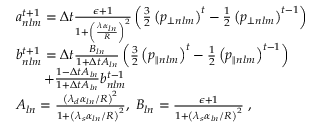
\begin{array} { r l } & { a _ { n l m } ^ { t + 1 } = \Delta t \frac { \epsilon + 1 } { 1 + \left( \frac { \lambda \alpha _ { l n } } { R } \right) ^ { 2 } } \left( \frac { 3 } { 2 } \left( p _ { \perp n l m } \right) ^ { t } - \frac { 1 } { 2 } \left( p _ { \perp n l m } \right) ^ { t - 1 } \right) } \\ & { b _ { n l m } ^ { t + 1 } = \Delta t \frac { B _ { l n } } { 1 + \Delta t A _ { l n } } \left( \frac { 3 } { 2 } \left( p _ { \parallel n l m } \right) ^ { t } - \frac { 1 } { 2 } \left( p _ { \parallel n l m } \right) ^ { t - 1 } \right) } \\ & { \quad \quad + \frac { 1 - \Delta t A _ { l n } } { 1 + \Delta t A _ { l n } } b _ { n l m } ^ { t - 1 } } \\ & { A _ { l n } = \frac { \left( \lambda _ { d } \alpha _ { l n } / R \right) ^ { 2 } } { 1 + \left( \lambda _ { s } \alpha _ { l n } / R \right) ^ { 2 } } , \; B _ { l n } = \frac { \epsilon + 1 } { 1 + \left( \lambda _ { s } \alpha _ { l n } / R \right) ^ { 2 } } \; , } \end{array}